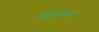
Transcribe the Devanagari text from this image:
डन्जन